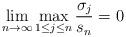
LaTeX: \begin{align*} \lim_{n\to\infty}\max_{1\le j\le n}\frac{\sigma_j}{s_n}=0\end{align*}